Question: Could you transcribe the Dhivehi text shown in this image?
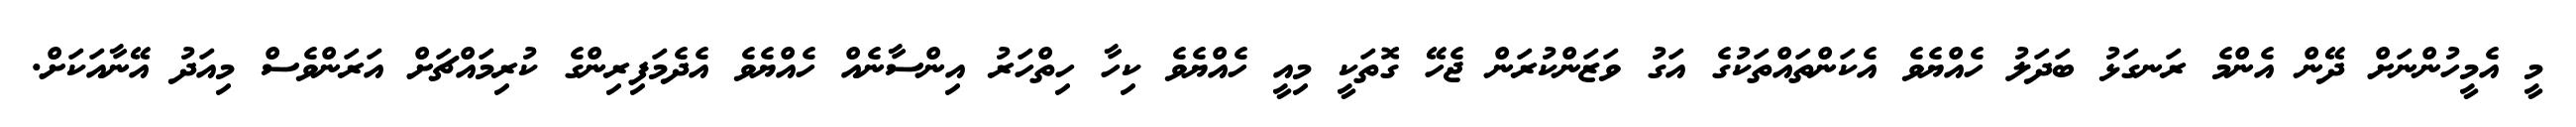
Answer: މީ އެމީހުންނަށް ދޭން އެންމެ ރަނގަޅު ބަދަލު ހެއްޔެވެ އެކަންތައްތަކުގެ އަގު ވަޒަންކުރަން ޖެހޭ ގޮތަކީ މިއީ ހެއްޔެވެ ކިހާ ހިތްހަރު އިންސާނެއް ހެއްޔެވެ އެދެމަފިރިންގެ ކުރިމައްޗަށް އަރަންވެސް މިއަދު އޭނާއަކަށް.